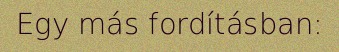
Egy más fordításban: